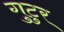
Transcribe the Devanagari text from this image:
गुटुर